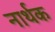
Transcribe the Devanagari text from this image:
नार्थक